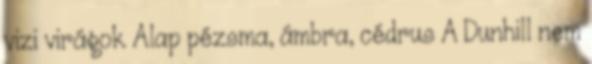
vizi virágok Alap pézsma, ámbra, cédrus A Dunhill nem